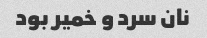
نان سرد و خمیر بود